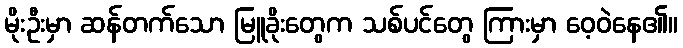
မိုးဦးမှာ ဆန်တက်သော မြူခိုးတွေက သစ်ပင်တွေ ကြားမှာ ဝေ့ဝဲနေ၏။